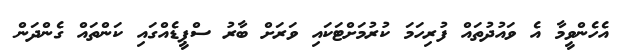
އެހެންވީމާ އެ ވައުދުތައް ފުރިހަމަ ކުރުމަށްޓަކައި ވަރަށް ބާރު ސްޕީޑެއްގައި ކަންތައް ގެންދަން